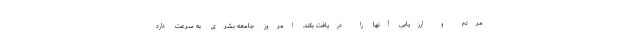
مردم و ارزیابی آنها را دریافت بکند. امروز جامعه بشری به سرعت دارد